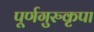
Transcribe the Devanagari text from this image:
पूर्णगुरुकृपा